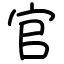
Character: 官